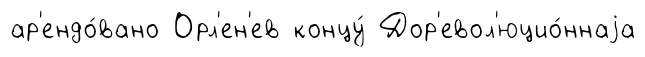
ар'ендо́вано Орл'ен'ев концу́ Дор'евол'юцио́ннаjа